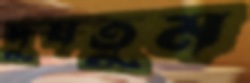
দুষতুম